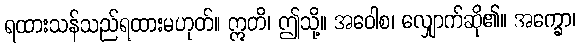
ရထားသန်သည်ရထားမဟုတ်။ ဣတိ၊ ဤသို့။ အဝေါစ၊ လျှောက်ဆို၏။ အက္ခော၊